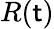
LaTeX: R(\mathsf{t})